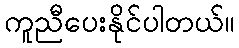
ကူညီပေးနိုင်ပါတယ်။